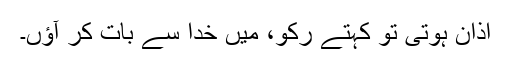
اذان ہوتی تو کہتے رکو، میں خدا سے بات کر آﺅں۔